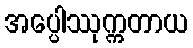
အပ္ပေါဿုက္ကတာယ